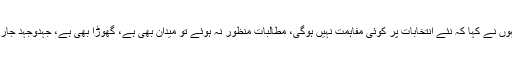
اس سے قبل انہوں نے کہا کہ نئے انتخابات پر کوئی مفاہمت نہیں ہوگی، مطالبات منظور نہ ہوئے تو میدان بھی ہے، گھوڑا بھی ہے، جہدوجہد جاری رکھیں گے۔